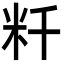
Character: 粁